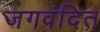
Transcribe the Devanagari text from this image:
जगवंदित